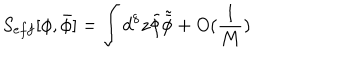
LaTeX: S _ { e f f } [ \phi , \bar { \phi } ] = \int d ^ { 8 } z \tilde { \phi } \tilde { \bar { \phi } } + O ( \frac { 1 } { M } )